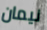
نيمان